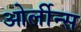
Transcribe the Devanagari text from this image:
ओर्लीन्स